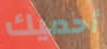
أحميك